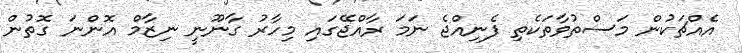
އެއްޗަކުން މަސްތުވާތަކެތި ފެނިއްޖެ ނަމަ ރާއްޖޭގައި މިހާރު ގާނޫނީ ނިޒާމް އޮންނަ ގޮތުން